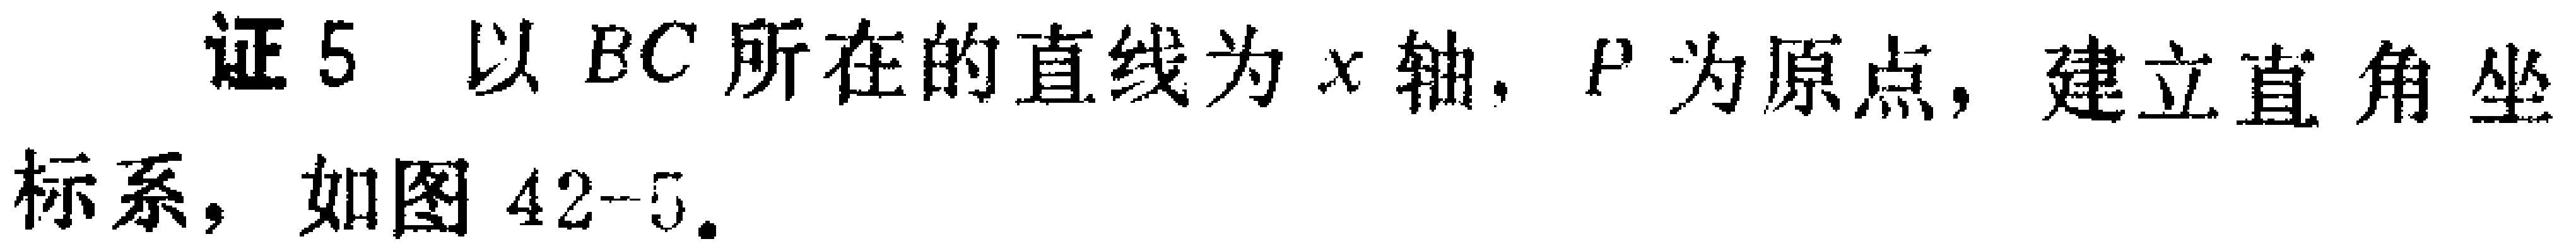
证5 以 \(BC\) 所在的直线为 \(x\) 轴, \(P\) 为原点, 建立直角坐标系，如图 \(42 - 5\).